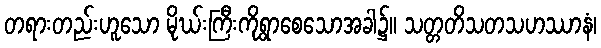
တရားတည်းဟူသော မိုဃ်းကြီးကိုရွာစေသောအခါ၌။ သတ္တတိသတသဟဿာနံ၊